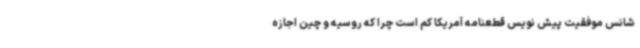
شانس موفقیت پیش نویس قطعنامه آمریکا کم است چرا که روسیه و چین اجازه